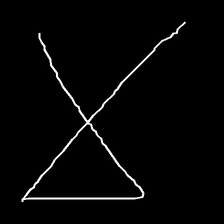
Glyph: collection